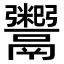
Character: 𬴺